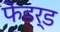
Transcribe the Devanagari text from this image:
फेंडर्ड